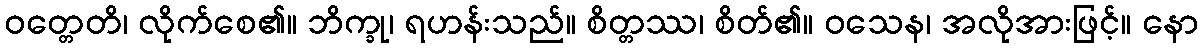
ဝတ္တေတိ၊ လိုက်စေ၏။ ဘိက္ခု၊ ရဟန်းသည်။ စိတ္တဿ၊ စိတ်၏။ ဝသေန၊ အလိုအားဖြင့်။ နော